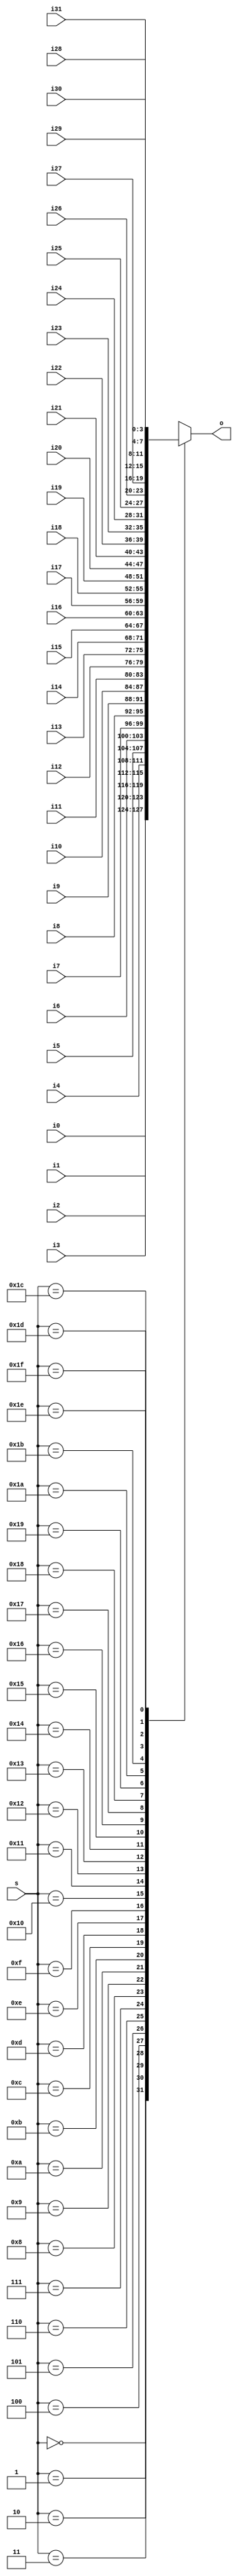
//mux
module lab3_mux(o, i0,i1,i2, i3, i4, i5,i6,i7,i8,i9,i10,i11,i12,i13,i14,i15,i16,i17,i18,i19,i20,i21,i22,i23,i24,i25,i26,i27,i28,i29,i30,i31, s);
   parameter N=4;
	input [N-1:0] i0,i1,i2, i3, i4, i5,i6,i7,i8,i9,i10,i11,i12,i13,i14,i15,i16,i17,i18,i19,i20,i21,i22,i23,i24,i25,i26,i27,i28,i29,i30,i31;
   input [4:0] s;
   output reg [N-1:0] o;
 
	always @(s, i0,i1,i2, i3, i4, i5,i6,i7,i8,i9,i10,i11,i12,i13,i14,i15,i16,i17,i18,i19,i20,i21,i22,i23,i24,i25,i26,i27,i28,i29,i30,i31)
	begin
		case (s)
			5'b00000 : o = i0;
			5'b00001 : o = i1;
			5'b00010 : o = i2;
			5'b00011 : o = i3;
			5'b00100 : o = i4;
			5'b00101 : o = i5;
			5'b00110 : o = i6;
			5'b00111 : o = i7;
			5'b01000 : o = i8;
			5'b01001 : o = i9;
			5'b01010 : o = i10;
			5'b01011 : o = i11;
			5'b01100 : o = i12;
			5'b01101 : o = i13;
			5'b01110 : o = i14;
			5'b01111 : o = i15;
			5'b10000 : o = i16;
			5'b10001 : o = i17;
			5'b10010 : o = i18;
			5'b10011 : o = i19;
			5'b10100 : o = i20;
			5'b10101 : o = i21;
			5'b10110 : o = i22;
			5'b10111 : o = i23;
			5'b11000 : o = i24;
			5'b11001 : o = i25;
			5'b11010 : o = i26;
			5'b11011 : o = i27;
			5'b11100 : o = i28;
			5'b11101 : o = i29;
			5'b11110 : o = i30;
			5'b11111 : o = i31;
			default : o = 1'bx;
		endcase
	end
endmodule